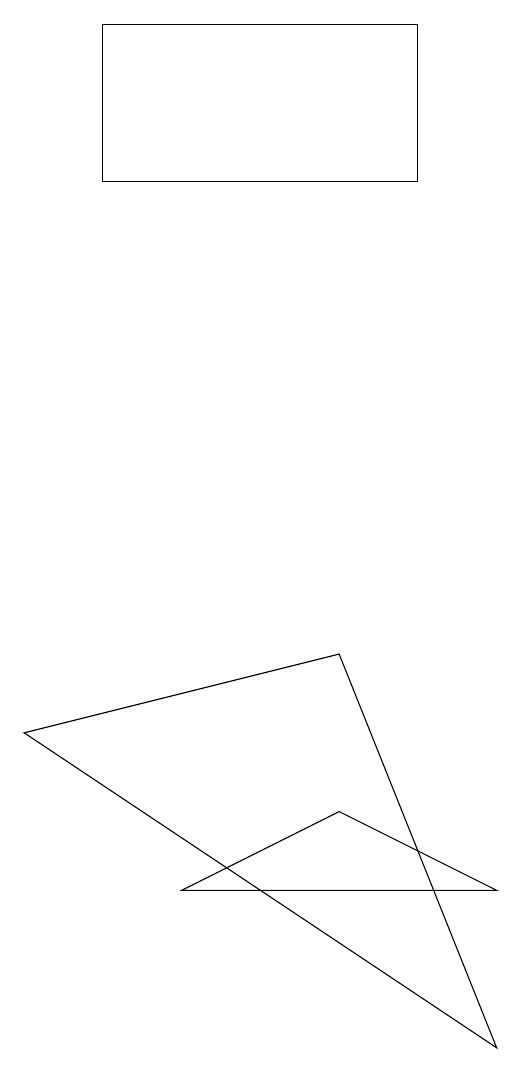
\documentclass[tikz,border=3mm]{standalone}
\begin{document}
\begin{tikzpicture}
\draw (5,17) rectangle (1,15);
\draw (4,9) -- (0,8) -- (6,4) -- cycle;
\draw (4,7) -- (6,6) -- (2,6) -- cycle;
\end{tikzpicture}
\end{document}